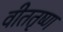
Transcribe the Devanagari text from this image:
वीततृष्ण